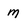
Character: m